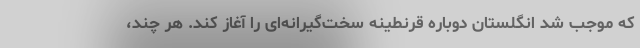
که موجب شد انگلستان دوباره قرنطینه سخت‌گیرانه‌ای را آغاز کند. هر چند،